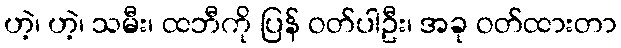
ဟဲ့၊ ဟဲ့၊ သမီး၊ ထဘီကို ပြန် ဝတ်ပါဦး၊ အခု ဝတ်ထားတာ